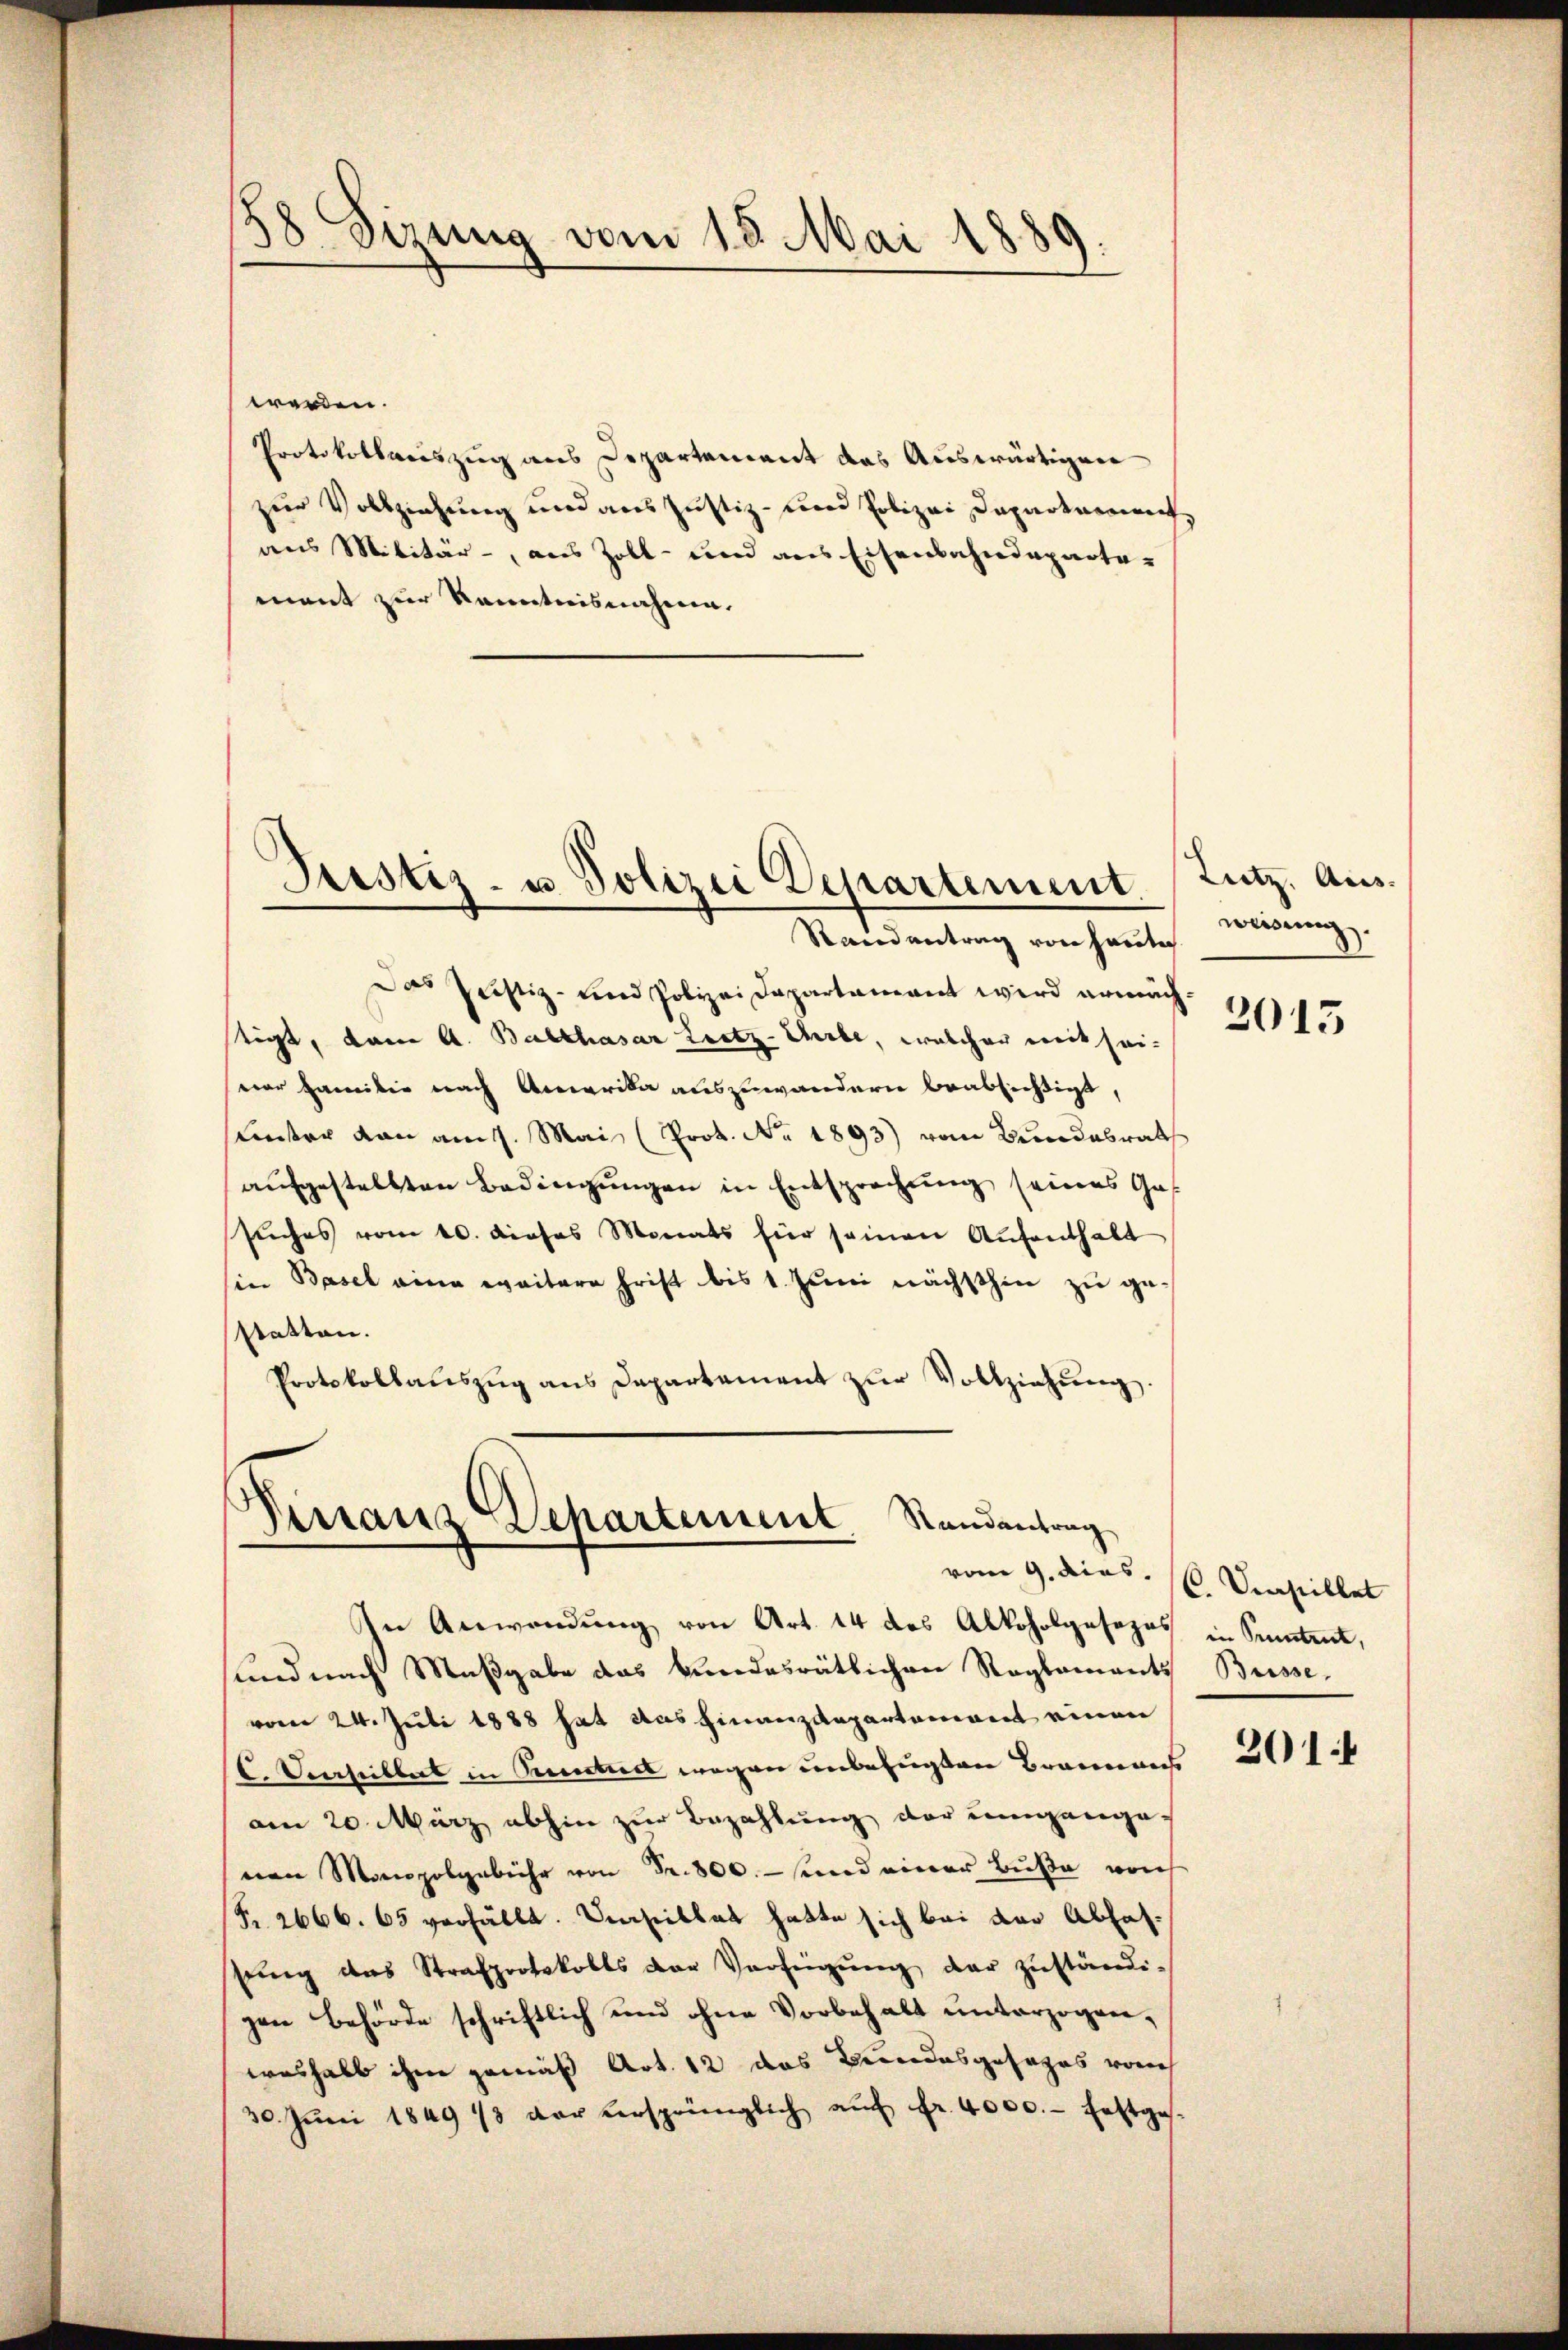
58 Sizung vom 18. Mai 1889.

werden.
Protokollauszug aus Departement das Auswärtigen
zur Vollziehung und aus Justiz- und Polizei Departement
aus Militär-, aus Zoll- und aus Eisenbahndepartemant zur Kenntnisnahme.

Justiz- u. Polizei Departement.
Randantrag von heute

Das Justiz- und Polizei Dapartamant wird ermäch
stigt, dann A. Balthasar Leitz-Erbe, welcher weit seiver Familie nach Amerika auszuwandern beabsichtigt,
Lnter von am 1. Mai (Prot. No. 1893) vom Bundesrath
aufgestellten Bedingungen in Entsprechung seines Gas
suches vom 10. dieses Monats hier seinen Aufenthalt
sin Basel eine weitere Frist bis 1. Juni nächsthin zu ge-
statten.
Protokollaŭszŭg ans Departement zŭr Vollziehung.

Vinaus Departement Standentrag
vom 9. dies

In Anwendung von Art. 14 des Alkoholgesezes in Sentent,
sund nach Maßgabe das Bundesrätlichen Raglamants Büsse.
vom 24. Juli 1888 hat das Finanzdepartement einen
C. Verselbert in Peter wegen unbefugten Brannweis
am 20. März abhin zur Bezahlung der umgange-
(von Monopolgebühr von Fr. 800.- und einer Buße von
Pr. 2666. 65 verfällt. Unseillat hatte sich bei der Abfasssung des Strafprotokolls der Verfügŭng der zŭständi-
gen Behörde schriftlich und ohne Vorbehalt unterzogenweshalb ihm gemäß Art. 12 das Bundesgesages vorh
30. Jŭni 1849 13 vor versprünglich aŭf fr. 4000.- festges.

Lutz, Aus-
weisung.

2015

C. Dinstillet

201